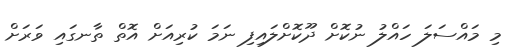
މި މައްސަލަ ހައްލު ނުކޮށް ދޫކޮށްލައިފި ނަމަ ކުރިއަށް އޮތް ތާނގައި ވަަރަށް